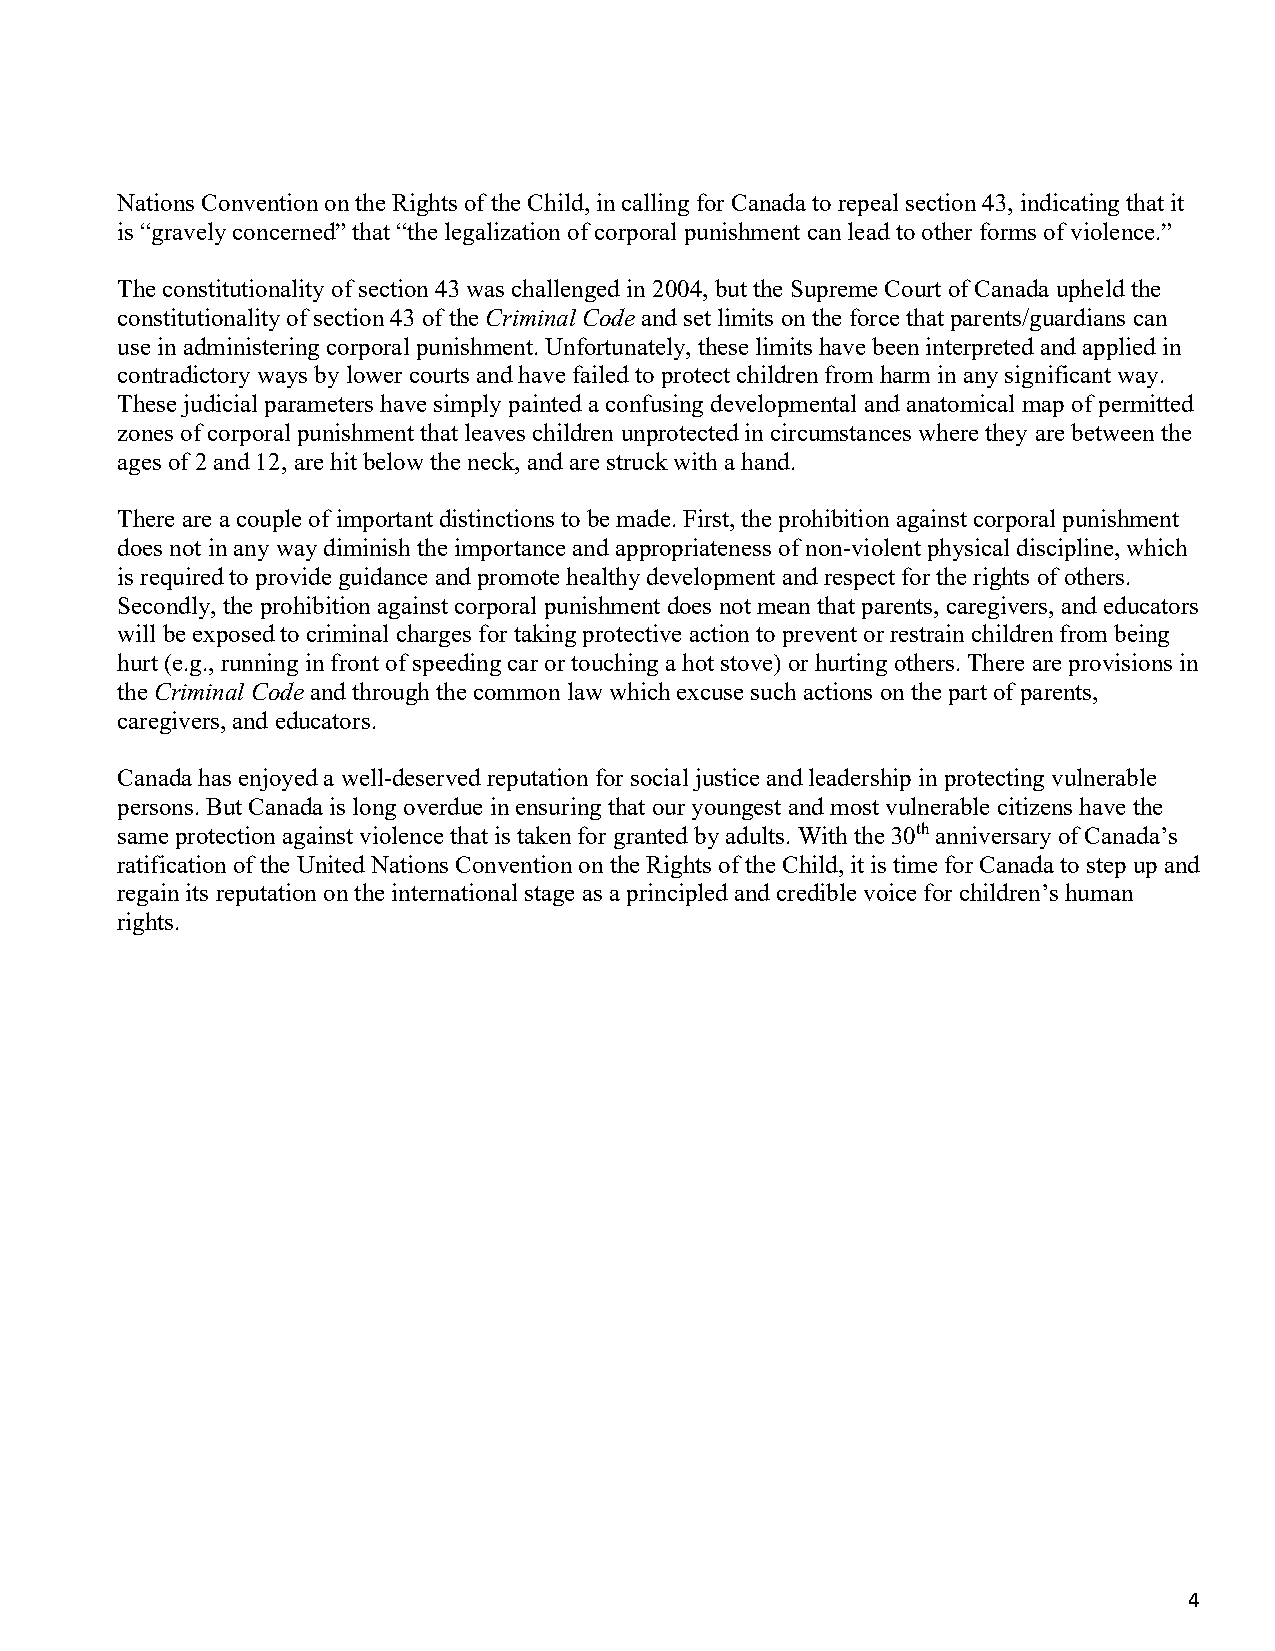
Nations Convention on the Rights of the Child, in calling for Canada to repeal section 43, indicating that it
 is “gravely concerned” that “the legalization of corporal punishment can lead to other forms of violence.”
 The constitutionality of section 43 was challenged in 2004, but the Supreme Court of Canada upheld the
 constitutionality of section 43 of the Criminal Code and set limits on the force that parents/guardians can
 use in administering corporal punishment. Unfortunately, these limits have been interpreted and applied in
 contradictory ways by lower courts and have failed to protect children from harm in any significant way.
 These judicial parameters have simply painted a confusing developmental and anatomical map of permitted
 zones of corporal punishment that leaves children unprotected in circumstances where they are between the
 ages of 2 and 12, are hit below the neck, and are struck with a hand.
 There are a couple of important distinctions to be made. First, the prohibition against corporal punishment
 does not in any way diminish the importance and appropriateness of non-violent physical discipline, which
 is required to provide guidance and promote healthy development and respect for the rights of others.
 Secondly, the prohibition against corporal punishment does not mean that parents, caregivers, and educators
 will be exposed to criminal charges for taking protective action to prevent or restrain children from being
 hurt (e.g., running in front of speeding car or touching a hot stove) or hurting others. There are provisions in
 the Criminal Code and through the common law which excuse such actions on the part of parents,
 caregivers, and educators.
 Canada has enjoyed a well-deserved reputation for social justice and leadership in protecting vulnerable
 persons. But Canada is long overdue in ensuring that our youngest and most vulnerable citizens have the
 same protection against violence that is taken for granted by adults. With the 30th anniversary of Canada’s
 ratification of the United Nations Convention on the Rights of the Child, it is time for Canada to step up and
 regain its reputation on the international stage as a principled and credible voice for children’s human
 rights.
 4